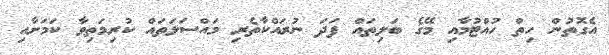
އެގޮތުން ހިތްް ހުއްޓުމާއި މޭގެ ބަލިތައް ފަދަ ނުރައްކާތެރި މައްސަލަތައް ކުރިމަތިވާ ކަަމަށާއި